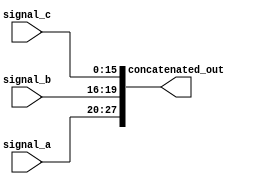
module concatenation_example (
    input wire [7:0] signal_a,   // 8-bit input signal
    input wire [3:0] signal_b,   // 4-bit input signal
    input wire [15:0] signal_c,  // 16-bit input signal
    output wire [27:0] concatenated_out // Output signal to hold concatenated result
);

// Continuous assignment using concatenation operator {}
assign concatenated_out = {signal_a, signal_b, signal_c}; // Concatenating the signals

endmodule